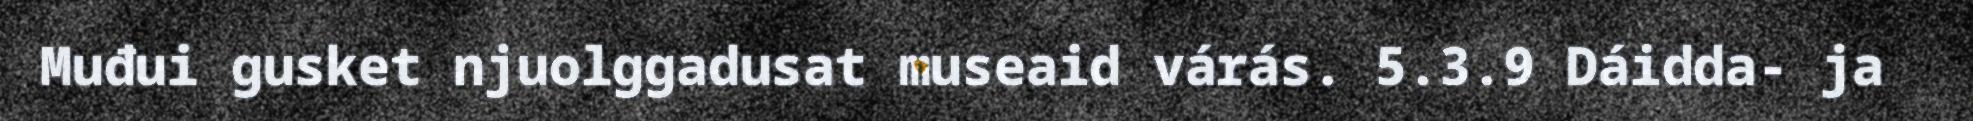
Muđui gusket njuolggadusat museaid várás. 5.3.9 Dáidda- ja